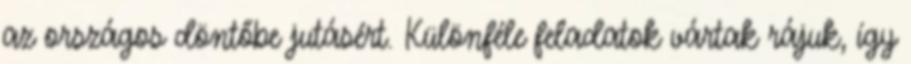
az országos döntőbe jutásért. Különféle feladatok vártak rájuk, így